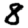
Digit: 8